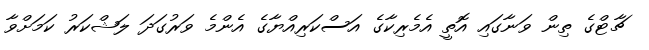
ޗާޓްގެ ތިން ވަނާގައި އޮތީ އެމެރިކާގެ އަސްކަރިއްޔާގެ އެންމެ ވަރުގަދަ ލަޝްކަރު ކަމަށްވާ